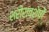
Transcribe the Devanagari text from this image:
शरीरावशेषों